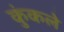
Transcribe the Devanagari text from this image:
कुंकले